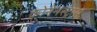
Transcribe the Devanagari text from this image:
क्रोनेनस्ट्रासे